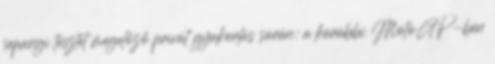
sepangi tesztet megelőző privát gyakorlás során: a korábbi MotoGP-ben